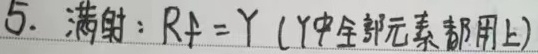
5. 满射：\(R_f = Y\)（\(Y\)中全部元素都用上）